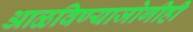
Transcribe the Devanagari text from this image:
आळविण्याजोगीही